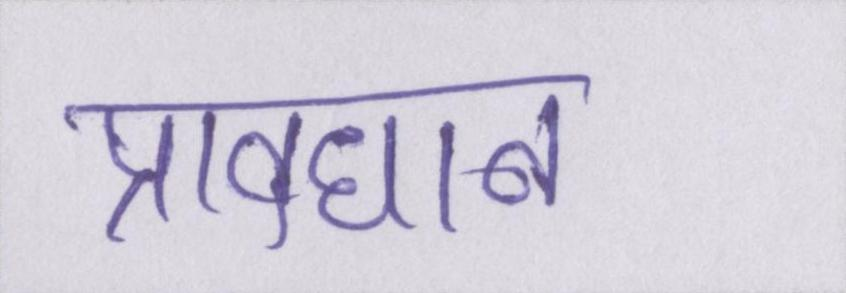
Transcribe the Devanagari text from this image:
प्रावधान